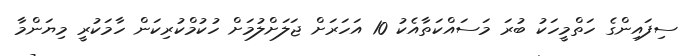
ސިފައިންގެ ހަތްމީހަކު ބުރަ މަސައްކަތާއެކު 10 އަހަރަށް ޖަލަށްލުމަށް ހުކުމްކުރިކަން ހާމަކުރީ މިޔަންމާ